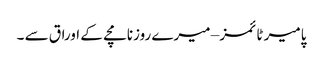
پامیر ٹائمز – میرے روزنامچے کے اوراق سے ۔